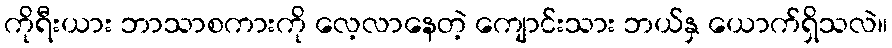
ကိုရီးယား ဘာသာစကားကို လေ့လာနေတဲ့ ကျောင်းသား ဘယ်နှ ယောက်ရှိသလဲ။